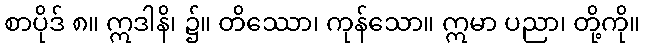
စာပိုဒ် ၈။ ဣဒါနိ၊ ၌။ တိဿော၊ ကုန်သော။ ဣမာ ပညာ၊ တို့ကို။